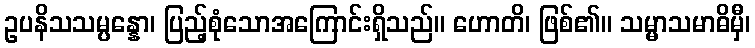
ဥပနိသသမ္ပန္နော၊ ပြည့်စုံသောအကြောင်းရှိသည်။ ဟောတိ၊ ဖြစ်၏။ သမ္မာသမာဓိမှီ၊